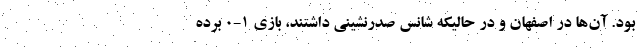
بود. آن‌ها در اصفهان و در حالیکه شانس صدرنشینی داشتند، بازی 1-0 بُرده